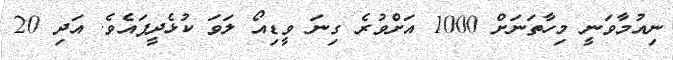
ނިއުމާވަނީ މިހާތަނަށް 1000 އަށްވުރެ ގިނަ ވީޑިއޯ ލަވަ ކުޅެދީފައެވެ. އަދި 20